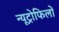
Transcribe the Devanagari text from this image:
न्यूट्रोफिलों